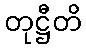
တုဋ္ဌီတိ